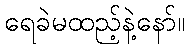
ရေခဲမထည့်နဲ့နော်။